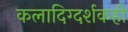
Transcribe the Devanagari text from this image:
कलादिग्दर्शकही